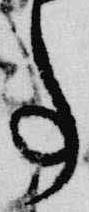
事